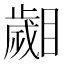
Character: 𣦦